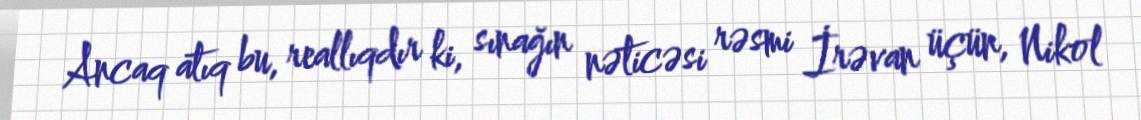
Ancaq atıq bu, reallıqdır ki, sınağın nəticəsi rəsmi İrəvan üçün, Nikol